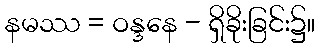
နမဿ = ဝန္ဒနေ - ရှိခိုးခြင်း၌။